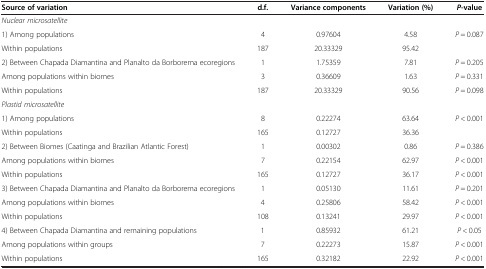
<table><thead><tr><td><b>Source of variation</b></td><td><b>d.f.</b></td><td><b>Variance components</b></td><td><b>Variation (%)</b></td><td><b><i>P</i>-value</b></td></tr></thead><tbody><tr><td><i>Nuclear microsatellite</i></td><td> </td><td> </td><td> </td><td> </td></tr><tr><td>1) Among populations</td><td>4</td><td>0.97604</td><td>4.58</td><td><i>P</i> = 0.087</td></tr><tr><td>Within populations</td><td>187</td><td>20.33329</td><td>95.42</td><td> </td></tr><tr><td>2) Between Chapada Diamantina and Planalto da Borborema ecoregions</td><td>1</td><td>1.75359</td><td>7.81</td><td><i>P</i> = 0.205</td></tr><tr><td>Among populations within biomes</td><td>3</td><td>0.36609</td><td>1.63</td><td><i>P</i> = 0.331</td></tr><tr><td>Within populations</td><td>187</td><td>20.33329</td><td>90.56</td><td><i>P</i> = 0.098</td></tr><tr><td><i>Plastid microsatellite</i></td><td> </td><td> </td><td> </td><td> </td></tr><tr><td>1) Among populations</td><td>8</td><td>0.22274</td><td>63.64</td><td><i>P</i> &lt; 0.001</td></tr><tr><td>Within populations</td><td>165</td><td>0.12727</td><td>36.36</td><td> </td></tr><tr><td>2) Between Biomes (Caatinga and Brazilian Atlantic Forest)</td><td>1</td><td>0.00302</td><td>0.86</td><td><i>P</i> = 0.386</td></tr><tr><td>Among populations within biomes</td><td>7</td><td>0.22154</td><td>62.97</td><td><i>P</i> &lt; 0.001</td></tr><tr><td>Within populations</td><td>165</td><td>0.12727</td><td>36.17</td><td><i>P</i> &lt; 0.001</td></tr><tr><td>3) Between Chapada Diamantina and Planalto da Borborema ecoregions</td><td>1</td><td>0.05130</td><td>11.61</td><td><i>P</i> = 0.201</td></tr><tr><td>Among populations within biomes</td><td>4</td><td>0.25806</td><td>58.42</td><td><i>P</i> &lt; 0.001</td></tr><tr><td>Within populations</td><td>108</td><td>0.13241</td><td>29.97</td><td><i>P</i> &lt; 0.001</td></tr><tr><td>4) Between Chapada Diamantina and remaining populations</td><td>1</td><td>0.85932</td><td>61.21</td><td><i>P</i> &lt; 0.05</td></tr><tr><td>Among populations within groups</td><td>7</td><td>0.22273</td><td>15.87</td><td><i>P</i> &lt; 0.001</td></tr><tr><td>Within populations</td><td>165</td><td>0.32182</td><td>22.92</td><td><i>P</i> &lt; 0.001</td></tr></tbody></table>